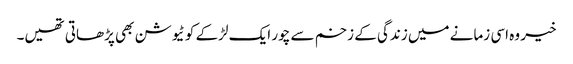
خیر وہ اسی زمانے میں زندگی کے زخم سے چور ایک لڑکے کو ٹیوشن بھی پڑھاتی تھیں۔